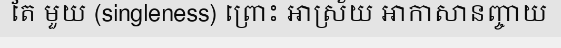
តែ មួយ (singleness) ព្រោះ អាស្រ័យ អាកាសានញ្ចាយ